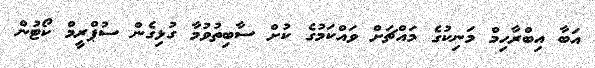
އަބާ އިބްރާހިމް މަނިކުގެ މައްޗަށް ވައްކަމުގެ ކުށް ސާބިތުވުމާ ގުޅިގެން ސުޕްރީމް ކޯޓުން